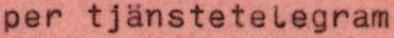
per tjänstetelegram